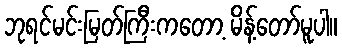
ဘုရင်မင်းမြတ်ကြီးကတော့ မိန့်တော်မူပါ။